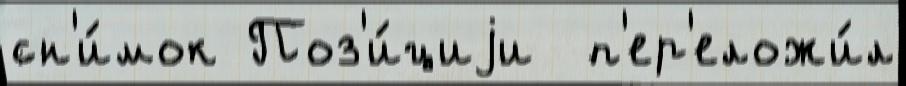
сн'и́мок Поз'и́циjи  п'ер'еложи́л